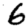
Digit: 6